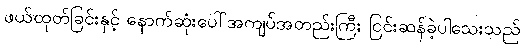
ဖယ်ထုတ်ခြင်းနှင့် နောက်ဆုံးပေါ်အကျပ်အတည်းကြီး ငြင်းဆန်ခဲ့ပါသေးသည်